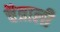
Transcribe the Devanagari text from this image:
चैत्राली